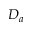
D _ { a }